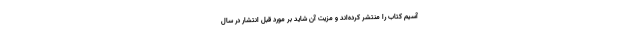
آسیم کتاب را منتشر کرده‌اند و مزیت آن شاید بر مورد قبل انتشار در سال